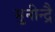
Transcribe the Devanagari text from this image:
मुनीन्द्रै